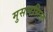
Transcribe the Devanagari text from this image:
मुसलसिल